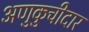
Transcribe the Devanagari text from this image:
अणुकुचीदार